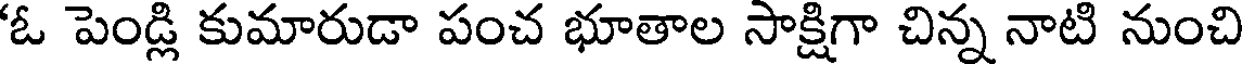
ఓ పెండ్లి కుమారుడా పంచ భూతాల సాక్షిగా చిన్న నాటి నుంచి